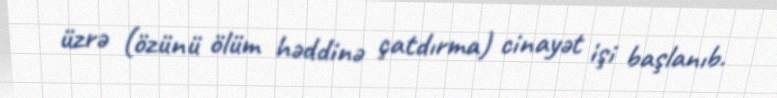
üzrə (özünü ölüm həddinə çatdırma) cinayət işi başlanıb.